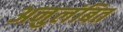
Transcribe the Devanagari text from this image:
अनुलंबित